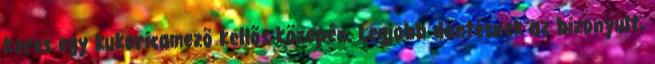
keres egy kukoricamezõ kellõs közepén. Legjobb döntésnek az bizonyult,